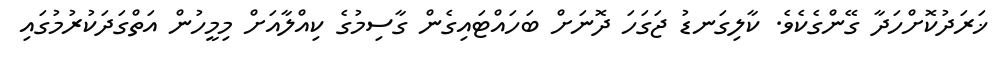
ޚަރަދުކޮށްހަދާ ގޭންގެކެވެ. ކާލިގަނޑު ޖަގަހަ ދޮނަށް ބަހައްޓައިގެން ގާސިމުގެ ކިއްލާއަށް މިމީހުން އަތްގަދަކުރުމުގައި